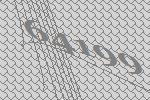
64199